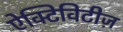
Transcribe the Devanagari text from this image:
ऐक्टिविटीज़